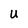
Character: U